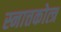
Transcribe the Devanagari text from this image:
स्नात्तकोत्त्र